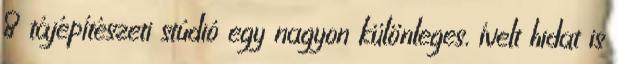
8 tájépítészeti stúdió egy nagyon különleges, ívelt hidat is